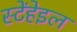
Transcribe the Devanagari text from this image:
स्टेंहेइल